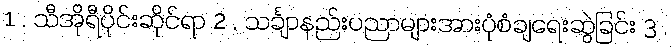
1 . သီအိုရီပိုင်းဆိုင်ရာ 2 . သင်္ချာနည်းပညာများအားပုံစံချရေးဆွဲခြင်း 3 .